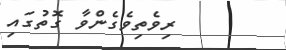
ރިވެތިވެގެންވާ ގޮތުގައި